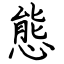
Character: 態